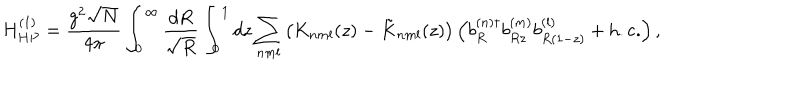
LaTeX: H _ { H P } ^ { ( 1 ) } = \frac { g ^ { 2 } \sqrt { N } } { 4 \pi } \int _ { 0 } ^ { \infty } \frac { d R } { \sqrt { R } } \int _ { 0 } ^ { 1 } d z \sum _ { n m l } \left( K _ { n m l } ( z ) - \tilde { K } _ { n m l } ( z ) \right) \left( b _ { R } ^ { ( n ) \dagger } b _ { R z } ^ { ( m ) } b _ { R ( 1 - z ) } ^ { ( l ) } + \mathrm { h . c . } \right) ,